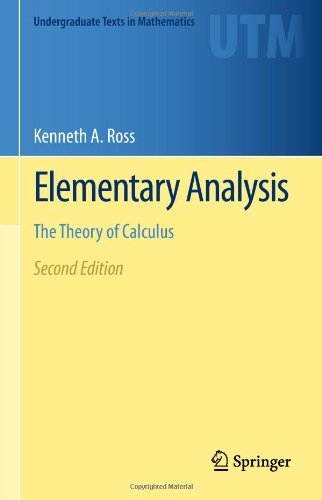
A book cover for Elementary Analysis: The Theory of Calculus (Undergraduate Texts in Mathematics); Kenneth A. Ross; Science & Math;